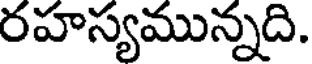
రహస్యమున్నది.